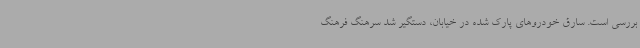
بررسی است. سارق خودروهای پارک شده در خیابان، دستگیر شد سرهنگ فرهنگ